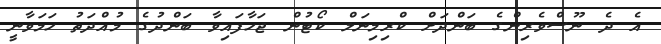
އެ ދެ ނޫސްވެރިންގެ ބަންދަށް ކްރިމިނަލް ކޯޓުން ޖަހާފައިވާ ބަންދުގެ މުއްދަތު ހަމަވާނީ